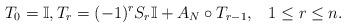
LaTeX: \begin{align*}T_{0}=\mathbb{I},T_{r}=(-1)^{r}S_{r}\mathbb{I}+A_{N}\circ T_{r-1}, \;\;\; 1\leq r\leq n.\end{align*}